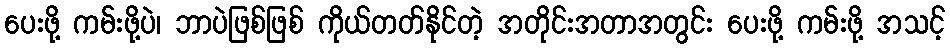
ပေးဖို့ ကမ်းဖို့ပဲ၊ ဘာပဲဖြစ်ဖြစ် ကိုယ်တတ်နိုင်တဲ့ အတိုင်းအတာအတွင်း ပေးဖို့ ကမ်းဖို့ အသင့်